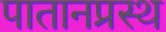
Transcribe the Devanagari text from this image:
पातानप्रस्थ